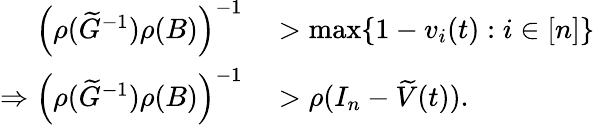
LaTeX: \begin{array}{rl}{\left(\rho(\widetilde G^{-1})\rho(B)\right)^{-1}}&{{}>\operatorname*{max}\{ 1-v_{i}(t):i\in[n]\} }\\ {\Rightarrow\left(\rho(\widetilde G^{-1})\rho(B)\right)^{-1}}&{{}>\rho(I_{n}-\widetilde V(t)).}\end{array}